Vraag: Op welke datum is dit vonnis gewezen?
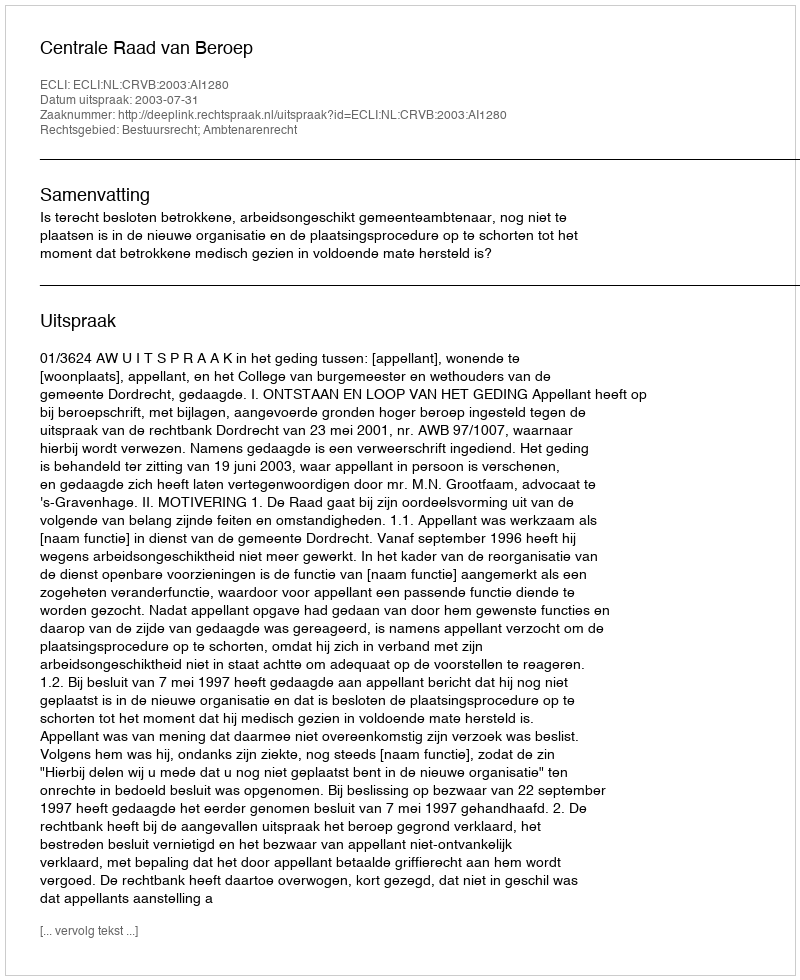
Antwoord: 2003-07-31